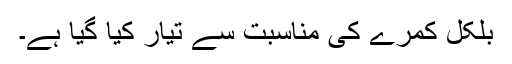
بلکل کمرے کی مناسبت سے تیار کیا گیا ہے۔